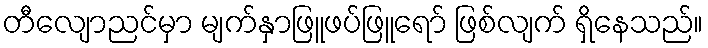
တီလျောညင်မှာ မျက်နှာဖြူဖပ်ဖြူရော် ဖြစ်လျက် ရှိနေသည်။